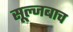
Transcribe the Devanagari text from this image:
सूल्जबाच